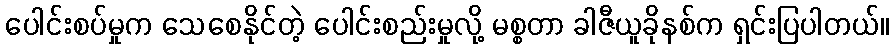
ပေါင်းစပ်မှုက သေစေနိုင်တဲ့ ပေါင်းစည်းမှုလို့ မစ္စတာ ခါဇီယူခိုနစ်က ရှင်းပြပါတယ်။